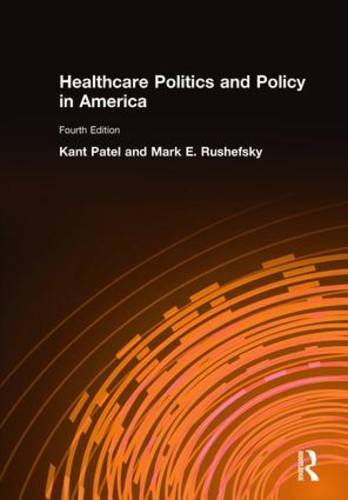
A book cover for Healthcare Politics and Policy in America: 2014; Kant Patel; Medical Books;